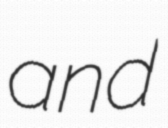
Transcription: and